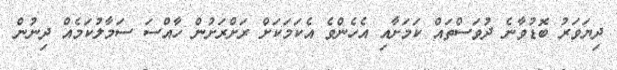
ދިޔަވަރު ބޮޑުވާނެ ދުވަސްތައް ކަމަށާއި އެހެންވެ އެކަމަކަށް ރަށްރަށުން ހާއްސަ ސަމާލުކަމެއް ދިނުން